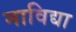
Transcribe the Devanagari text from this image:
नाविद्या